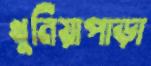
খুনিয়াপাড়া